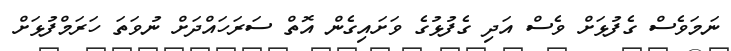
ނަމަވެސް ގެފުޅަށް ވެސް އަދި ގެފުޅުގެ ވަށައިގެން އޮތް ސަރަހައްދަށް ނުވަތަ ހަރަމްފުޅަށް